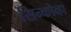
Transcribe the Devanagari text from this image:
सिन्कोव्हा